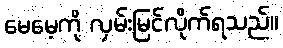
မေမေ့ကို လှမ်းမြင်လိုက်ရသည်။